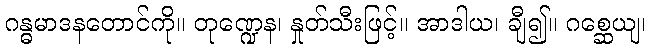
ဂန္ဓမာဒနတောင်ကို။ တုဏ္ဍေန၊ နှုတ်သီးဖြင့်။ အာဒါယ၊ ချီ၍။ ဂစ္ဆေယျ၊